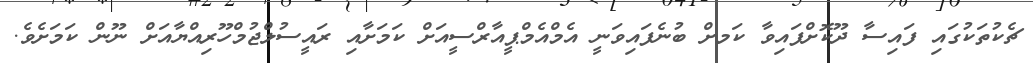
ޗެކުތަކުގައި ފައިސާ ދޫކޮށްފައިވާ ކަަމށް ބުނެފައިވަނީ އެމްއެމްޕީއާރްސީއަށް ކަމަށާއި ރައީސުލްޖުމްހޫރިއްޔާއަށް ނޫން ކަަމަށެވެ.